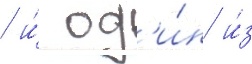
/ и́ од'и́н и́з